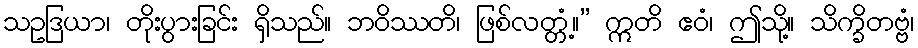
သဥဒြယာ၊ တိုးပွားခြင်း ရှိသည်။ ဘဝိဿတိ၊ ဖြစ်လတ္တံ့။” ဣတိ ဧဝံ၊ ဤသို့။ သိက္ခိတဗ္ဗံ၊